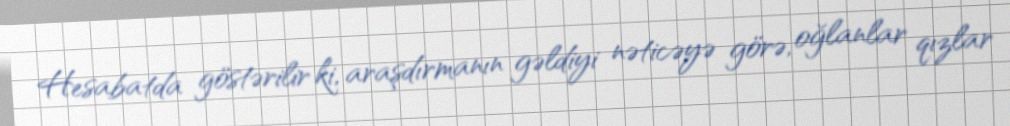
Hesabatda göstərilir ki, araşdırmanın gəldiyi nəticəyə görə, oğlanlar qızlar